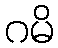
ဂမိ